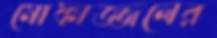
মোফাজ্জলের